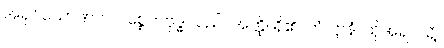
အရှင်သောဏက ပစ္စေကဗုဒ္ဓါသည်။ အတ္ထိ၊ ရှိ၏။ တံ ဋ္ဌာနံ၊ ထိုအရပ်သို့။